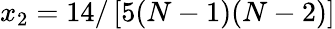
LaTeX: x_{2}=14/\left[5(N-1)(N-2)\right]